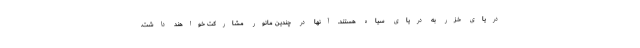
دریای خزر به دریای سیاه هستند. آنها در چندین مانور مشارکت خواهند داشت.